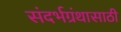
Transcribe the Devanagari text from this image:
संदर्भग्रंथासाठी